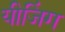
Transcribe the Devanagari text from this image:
यीजिंग